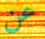
عن